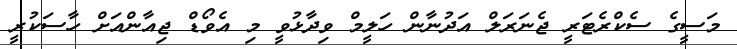
މަސީގެ ސެކްރެޓަރީ ޖެނަރަލް އަދުނާން ހަލީމް ވިދާޅުވީ މި އެވޯޑް ޖިއާންއަށް ހާސަކުރީ